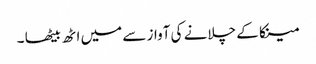
مینکا کے چلانے کی آواز سے میں اٹھ بیٹھا ۔